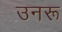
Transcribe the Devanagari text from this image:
उनरू